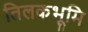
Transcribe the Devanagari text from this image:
तिलकभूमि